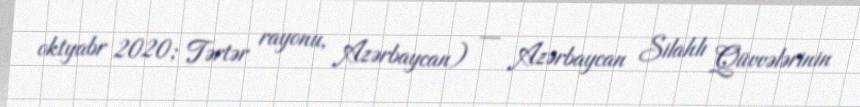
oktyabr 2020; Tərtər rayonu, Azərbaycan) — Azərbaycan Silahlı Qüvvələrinin